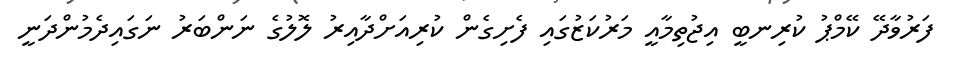
ފަރުވާދޭ ކޭމްޕު ކުރިނބީ އިޖުތިމާއީ މަރުކަޒުގައި ފެށިގެން ކުރިއަށްދާއިރު ލޮލުގެ ނަންބަރު ނަގައިދެމުންދަނީ